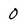
Character: 0